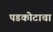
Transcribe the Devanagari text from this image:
पडकोटाचा